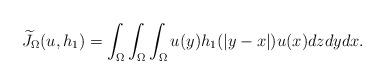
LaTeX: \begin{align*}\widetilde{J}_{\Omega}(u,h_{1})=\int_{\Omega}\int_{\Omega}\int_{\Omega}u(y)h_{1}(|y-x|)u(x)dzdydx.\end{align*}